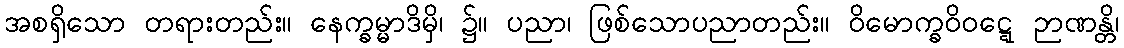
အစရှိသော တရားတည်း။ နေက္ခမ္မာဒိမှိ၊ ၌။ ပညာ၊ ဖြစ်သောပညာတည်း။ ဝိမောက္ခဝိဝဋ္ဋေ ဉာဏန္တိ၊